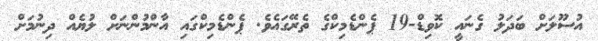
އުސޫލަށް ބަދަލު ގެނައީ ކޮވިޑް-19 ޕެންޑެމިކްގެ ތެރޭގައެވެ. ޕެންޑެމިކްގައި އާންމުންނަށް ލުޔެއް ދިނުމަށް